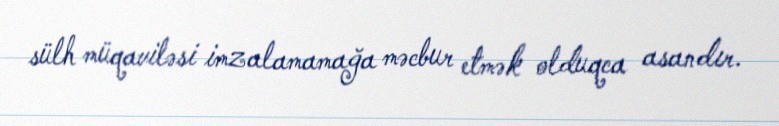
sülh müqaviləsi imzalamamağa məcbur etmək olduqca asandır.